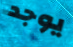
يوجد